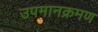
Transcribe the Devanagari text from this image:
उपमानक्रमण